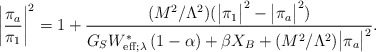
\begin{align*}\bigg| \frac{\pi_a}{\pi_1} \bigg|^2 = 1 + \frac{(M^2/\Lambda^2)(\big| \pi_1\big|^2-\big| \pi_a\big|^2)} {G_SW_{{\rm eff};\lambda}^\ast \left( 1-\alpha \right)+\beta X_B +(M^2/\Lambda^2)\big| \pi_a\big|^2}.\end{align*}